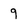
Character: 9